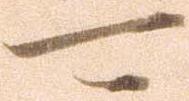
可